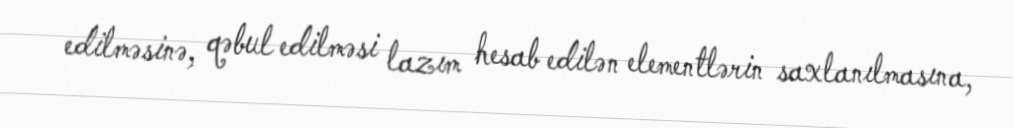
edilməsinə, qəbul edilməsi lazım hesab edilən elementlərin saxlanılmasına,